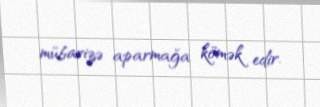
mübarizə aparmağa kömək edir.